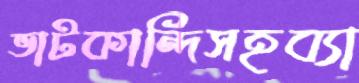
ভাটকান্দিসহব্যা